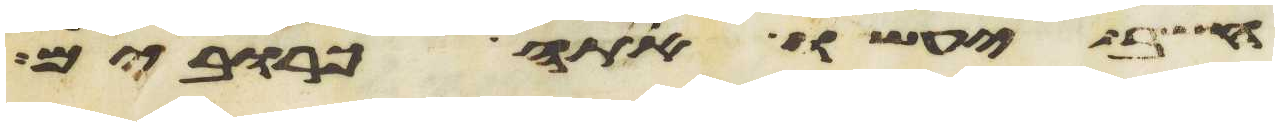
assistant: חשב יעשו אתה כרובים